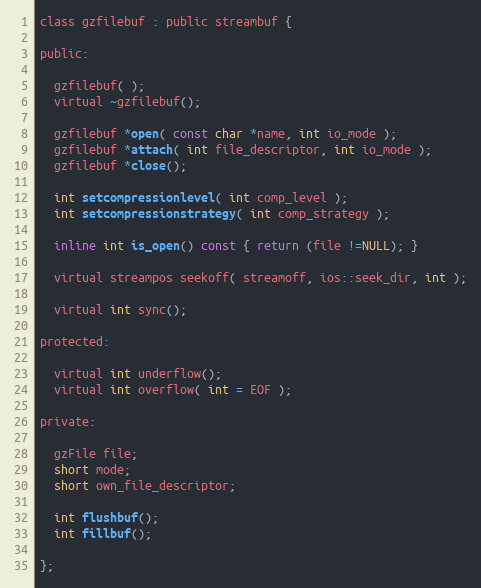
Language: C
class gzfilebuf : public streambuf {

public:

  gzfilebuf( );
  virtual ~gzfilebuf();

  gzfilebuf *open( const char *name, int io_mode );
  gzfilebuf *attach( int file_descriptor, int io_mode );
  gzfilebuf *close();

  int setcompressionlevel( int comp_level );
  int setcompressionstrategy( int comp_strategy );

  inline int is_open() const { return (file !=NULL); }

  virtual streampos seekoff( streamoff, ios::seek_dir, int );

  virtual int sync();

protected:

  virtual int underflow();
  virtual int overflow( int = EOF );

private:

  gzFile file;
  short mode;
  short own_file_descriptor;

  int flushbuf();
  int fillbuf();

};